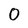
Character: 0